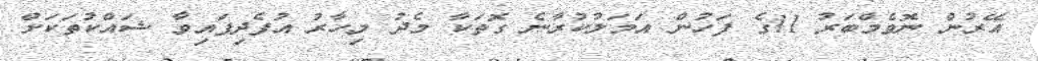
އޭރުން ނޮވެމްބަރު 11ގެ ފަހުން އަމަލުކުރާނެ ގޮތަކާ މެދު މިހާރު އުފެދިފައިވާ ޝައްކުތަކަށް